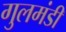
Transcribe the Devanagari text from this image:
गुलमंडी